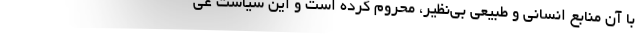
با آن منابع انسانی و طبیعی بی‌نظیر، محروم کرده است و این سیاست غی